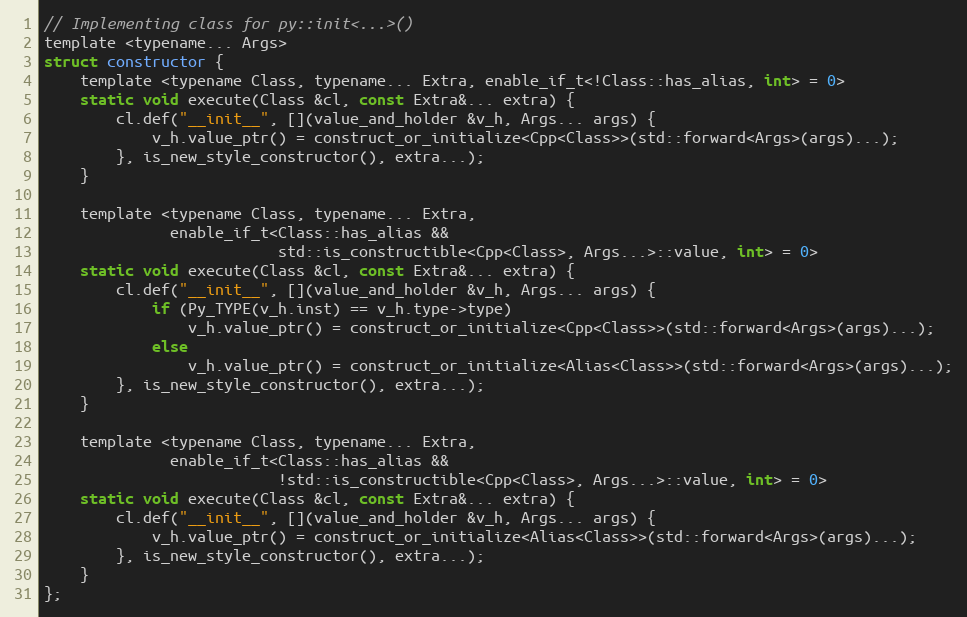
Language: C
// Implementing class for py::init<...>()
template <typename... Args>
struct constructor {
    template <typename Class, typename... Extra, enable_if_t<!Class::has_alias, int> = 0>
    static void execute(Class &cl, const Extra&... extra) {
        cl.def("__init__", [](value_and_holder &v_h, Args... args) {
            v_h.value_ptr() = construct_or_initialize<Cpp<Class>>(std::forward<Args>(args)...);
        }, is_new_style_constructor(), extra...);
    }

    template <typename Class, typename... Extra,
              enable_if_t<Class::has_alias &&
                          std::is_constructible<Cpp<Class>, Args...>::value, int> = 0>
    static void execute(Class &cl, const Extra&... extra) {
        cl.def("__init__", [](value_and_holder &v_h, Args... args) {
            if (Py_TYPE(v_h.inst) == v_h.type->type)
                v_h.value_ptr() = construct_or_initialize<Cpp<Class>>(std::forward<Args>(args)...);
            else
                v_h.value_ptr() = construct_or_initialize<Alias<Class>>(std::forward<Args>(args)...);
        }, is_new_style_constructor(), extra...);
    }

    template <typename Class, typename... Extra,
              enable_if_t<Class::has_alias &&
                          !std::is_constructible<Cpp<Class>, Args...>::value, int> = 0>
    static void execute(Class &cl, const Extra&... extra) {
        cl.def("__init__", [](value_and_holder &v_h, Args... args) {
            v_h.value_ptr() = construct_or_initialize<Alias<Class>>(std::forward<Args>(args)...);
        }, is_new_style_constructor(), extra...);
    }
};